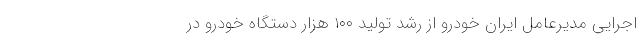
اجرایی مدیرعامل ایران خودرو از رشد تولید ۱۰۰ هزار دستگاه خودرو در